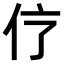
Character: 𠆼